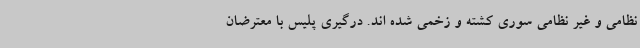
نظامی و غیر نظامی سوری کشته و زخمی شده اند. درگیری پلیس با معترضان